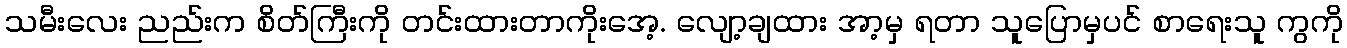
သမီးလေး ညည်းက စိတ်ကြီးကို တင်းထားတာကိုးအေ့. လျော့ချထား အာ့မှ ရတာ သူပြောမှပင် စာရေးသူ ကွကို